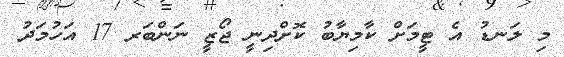
މި ލަނޑު އެ ޓީމަށް ކާމިޔާބު ކޮށްދިނީ ޖޯޒީ ނަންބަރ 17 އަހުމަދު